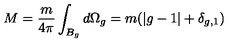
M = \frac { m } { 4 \pi } \int _ { B _ { g } } d \Omega _ { g } = m ( | g - 1 | + \delta _ { g , 1 } )